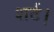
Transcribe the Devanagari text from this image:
शर्ट।